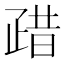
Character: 𱱈